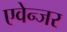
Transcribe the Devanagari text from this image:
एवेन्जर